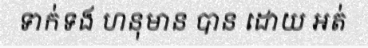
ទាក់ទង ហនុមាន បាន ដោយ អត់